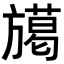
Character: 𭥅